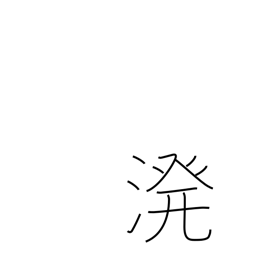
Meaning: sprinkle